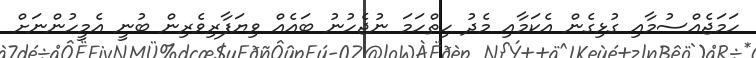
ހަމަޖެއްސުމާއި ގުޅިގެން އެކަމާއި މެދު ހިތްހަމަ ނުޖެހުނު ބައެއް ވިޔަފާރިވެރިން ބުނީ އެމީހުންނަށް